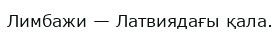
Лимбажи — Латвиядағы қала.